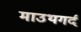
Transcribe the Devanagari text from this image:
माउथगर्द